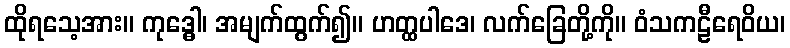
ထိုရသေ့အား။ ကုဒ္ဓေါ၊ အမျက်ထွက်၍။ ဟတ္ထပါဒေ၊ လက်ခြေတို့ကို။ ဝံသကဠီရေဝိယ၊